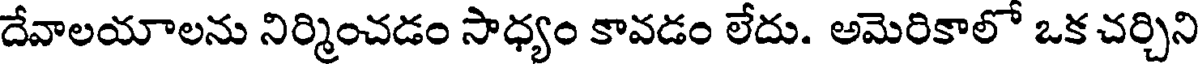
దేవాలయాలను నిర్మించడం సాధ్యం కావడం లేదు. అమెరికాలో ఒక చర్చిని